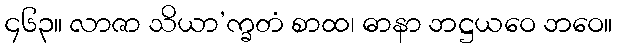
၄၆၃။ လာဇာ သိယာ’က္ခတံ စာထ၊ ဓာနာ ဘဋ္ဌယဝေ ဘဝေ။